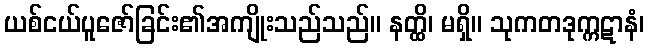
ယစ်ငယ်ပူဇော်ခြင်း၏အကျိုးသည်သည်။ နတ္ထိ၊ မရှိ။ သုကတဒုက္ကဋာနံ၊